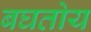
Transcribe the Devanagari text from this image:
बघतोय